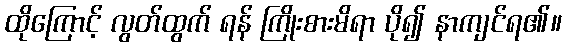
ထိုကြောင့် လွတ်ထွက် ရန် ကြိုးစားမိရာ ပို၍ နာကျင်ရ၏။